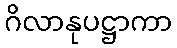
ဂိလာနုပဋ္ဌာကာ